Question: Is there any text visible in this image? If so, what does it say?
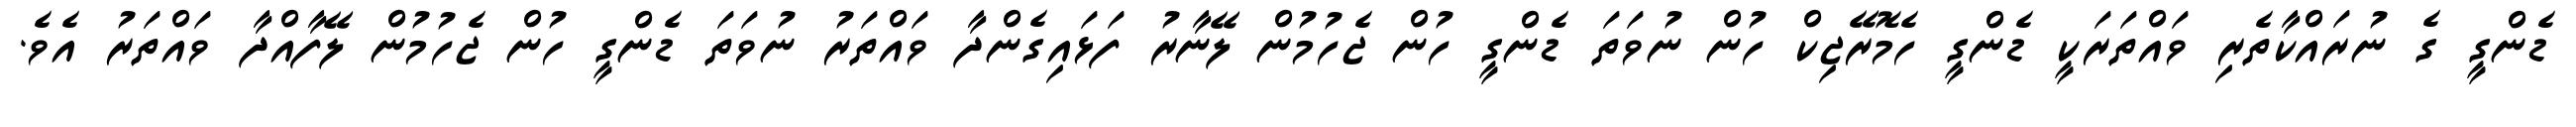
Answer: ޑެންގީ ގެ ނުރައްކާތެރި ވައްތަރަކީ ޑެންގީ ހެމޮރޭޖިކް ހުން ނުވަތަ ޑެންގީ ހުން ޖެހުމުން ލޭނާރު ފަޅައިގެންދާ ވައްތަރު ނުވަތަ ޑެންގީ ހުން ޖެހުމުން ލޭފާއްދާ ވައްތަރު އެވެ.